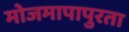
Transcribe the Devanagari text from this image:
मोजमापापुरता